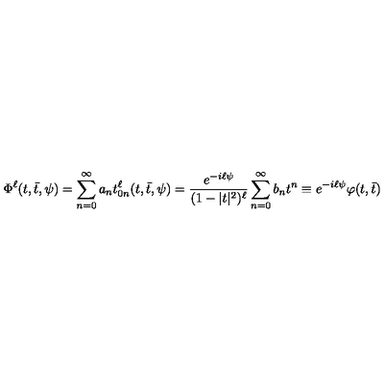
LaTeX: \Phi ^ { \ell } ( t , \bar { t } , \psi ) = \sum _ { n = 0 } ^ { \infty } a _ { n } t _ { 0 n } ^ { \ell } ( t , \bar { t } , \psi ) = \frac { e ^ { - i \ell \psi } } { ( 1 - | t | ^ { 2 } ) ^ { \ell } } \sum _ { n = 0 } ^ { \infty } b _ { n } t ^ { n } \equiv e ^ { - i \ell \psi } \varphi ( t , \bar { t } ) \,